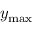
y _ { \mathrm { m a x } }